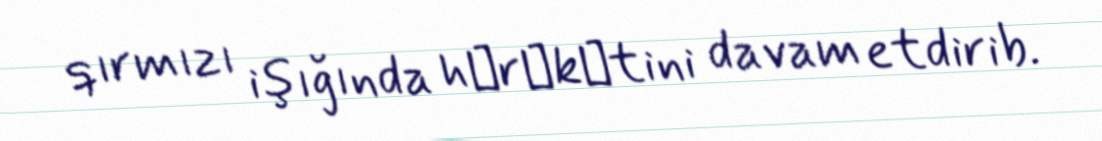
qırmızı işığında hәrәkәtini davam etdirib.